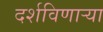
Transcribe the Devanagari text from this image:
दर्शविणार्‍या